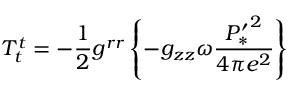
T _ { t } ^ { t } = - \frac { 1 } { 2 } g ^ { r r } \left\{ - g _ { z z } \omega \frac { { P _ { * } ^ { \prime } } ^ { 2 } } { 4 \pi e ^ { 2 } } \right\}